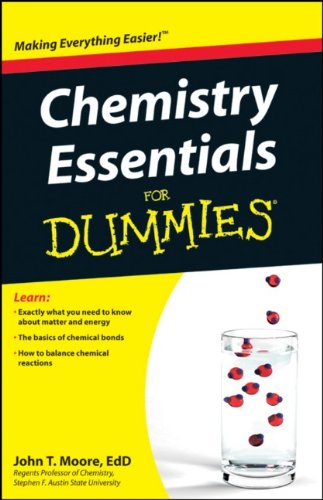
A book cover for Chemistry Essentials For Dummies; John T. Moore; Science & Math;